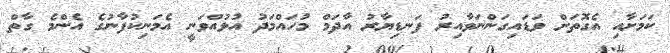
ކަމަށާއި އެގޮތަށް ވަޑައިގަންނަވާއިރު ފަނޑިޔާރު އާދަމް މުހައްމަދު އުޅުއްވަނީ އެމަނިކުފާނުގެ އެންމެ ގާތް